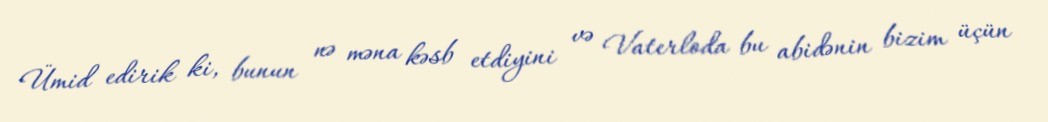
Ümid edirik ki, bunun nə məna kəsb etdiyini və Vaterloda bu abidənin bizim üçün